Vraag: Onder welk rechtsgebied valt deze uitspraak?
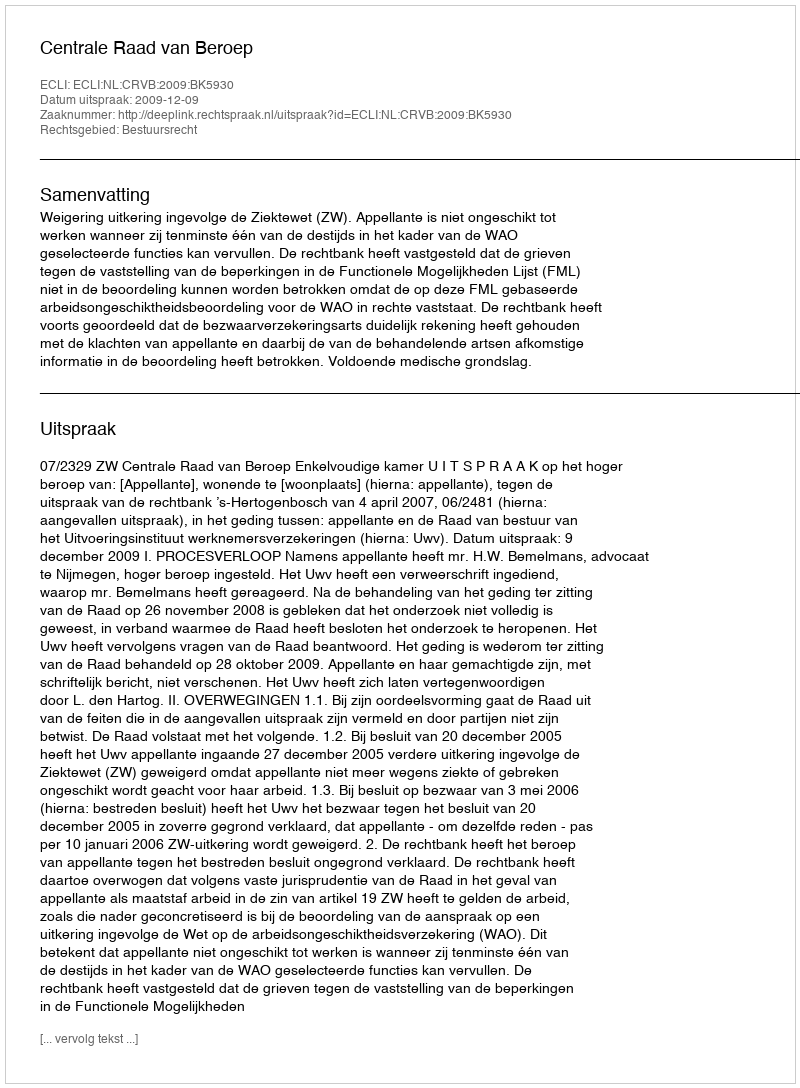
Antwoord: Bestuursrecht